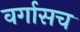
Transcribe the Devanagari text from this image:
वर्गासच